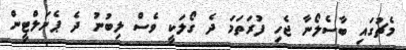
މެޗުގައި ބާސެލޯނާ ޖެހި ފުރަތަމަ ދެ ގޯލަކީ ވެސް ލިބުނު ދެ ޕެނަލްޓީން